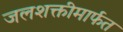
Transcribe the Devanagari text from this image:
जलशक्तीमार्फत